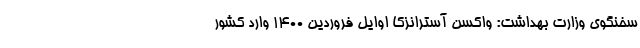
سخنگوی وزارت بهداشت: واکسن آسترانزکا اوایل فروردین ۱۴۰۰ وارد کشور